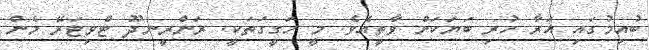
ބުއިމުގައި އަރާ ހުރި ބަޔަަކަށް ވާތީއެވެ. މީ ހަގީގަތަކީ. ރަންރީނދޫ ޓްވިޓަރޭ މެން